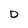
Character: D